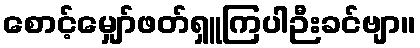
စောင့်မျှော်ဖတ်ရှူကြပါဉီးခင်ဗျာ။